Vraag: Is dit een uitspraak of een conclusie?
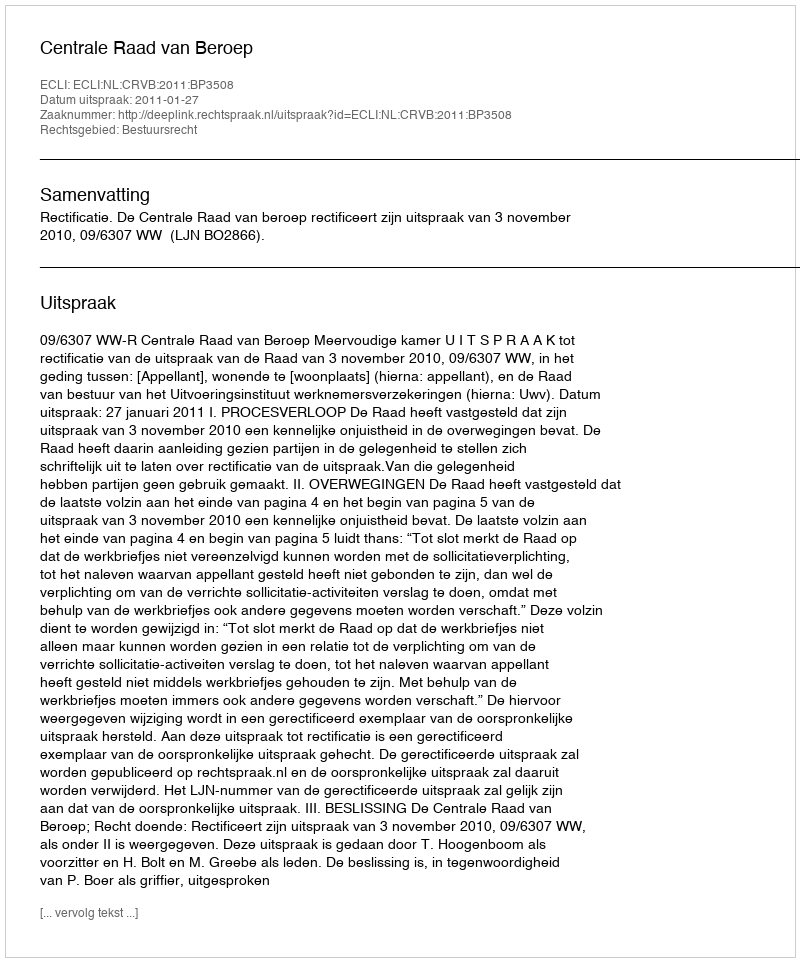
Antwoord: Uitspraak